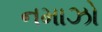
નમાઝો